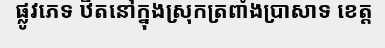
ផ្លូវភេទ ឋិតនៅក្នុងស្រុកត្រពាំងប្រាសាទ ខេត្ត